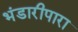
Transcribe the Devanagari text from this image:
भंडारीपारा